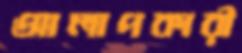
আলাপকারী